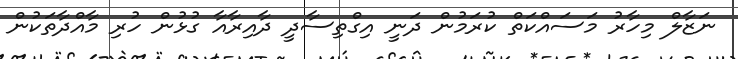
ނަޒާލް މިހާރު މަސައްކަތް ކުރަމުން ދަނީ އިގްތިސާދީ ދާއިރާއާ ގުޅުން ހުރި މާއްދާތަކުން